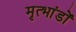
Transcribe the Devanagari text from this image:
मृत्भांडों